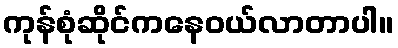
ကုန်စုံဆိုင်ကနေဝယ်လာတာပါ။